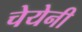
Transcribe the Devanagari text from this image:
चेयेनी